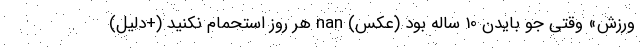
ورزش» وقتی جو بایدن 10 ساله بود (عکس) nan هر روز استحمام نکنید (+دلیل)